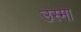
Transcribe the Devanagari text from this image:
उस्मा